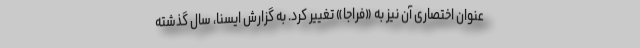
عنوان اختصاری آن نیز به «فراجا» تغییر کرد. به گزارش ایسنا، سال گذشته